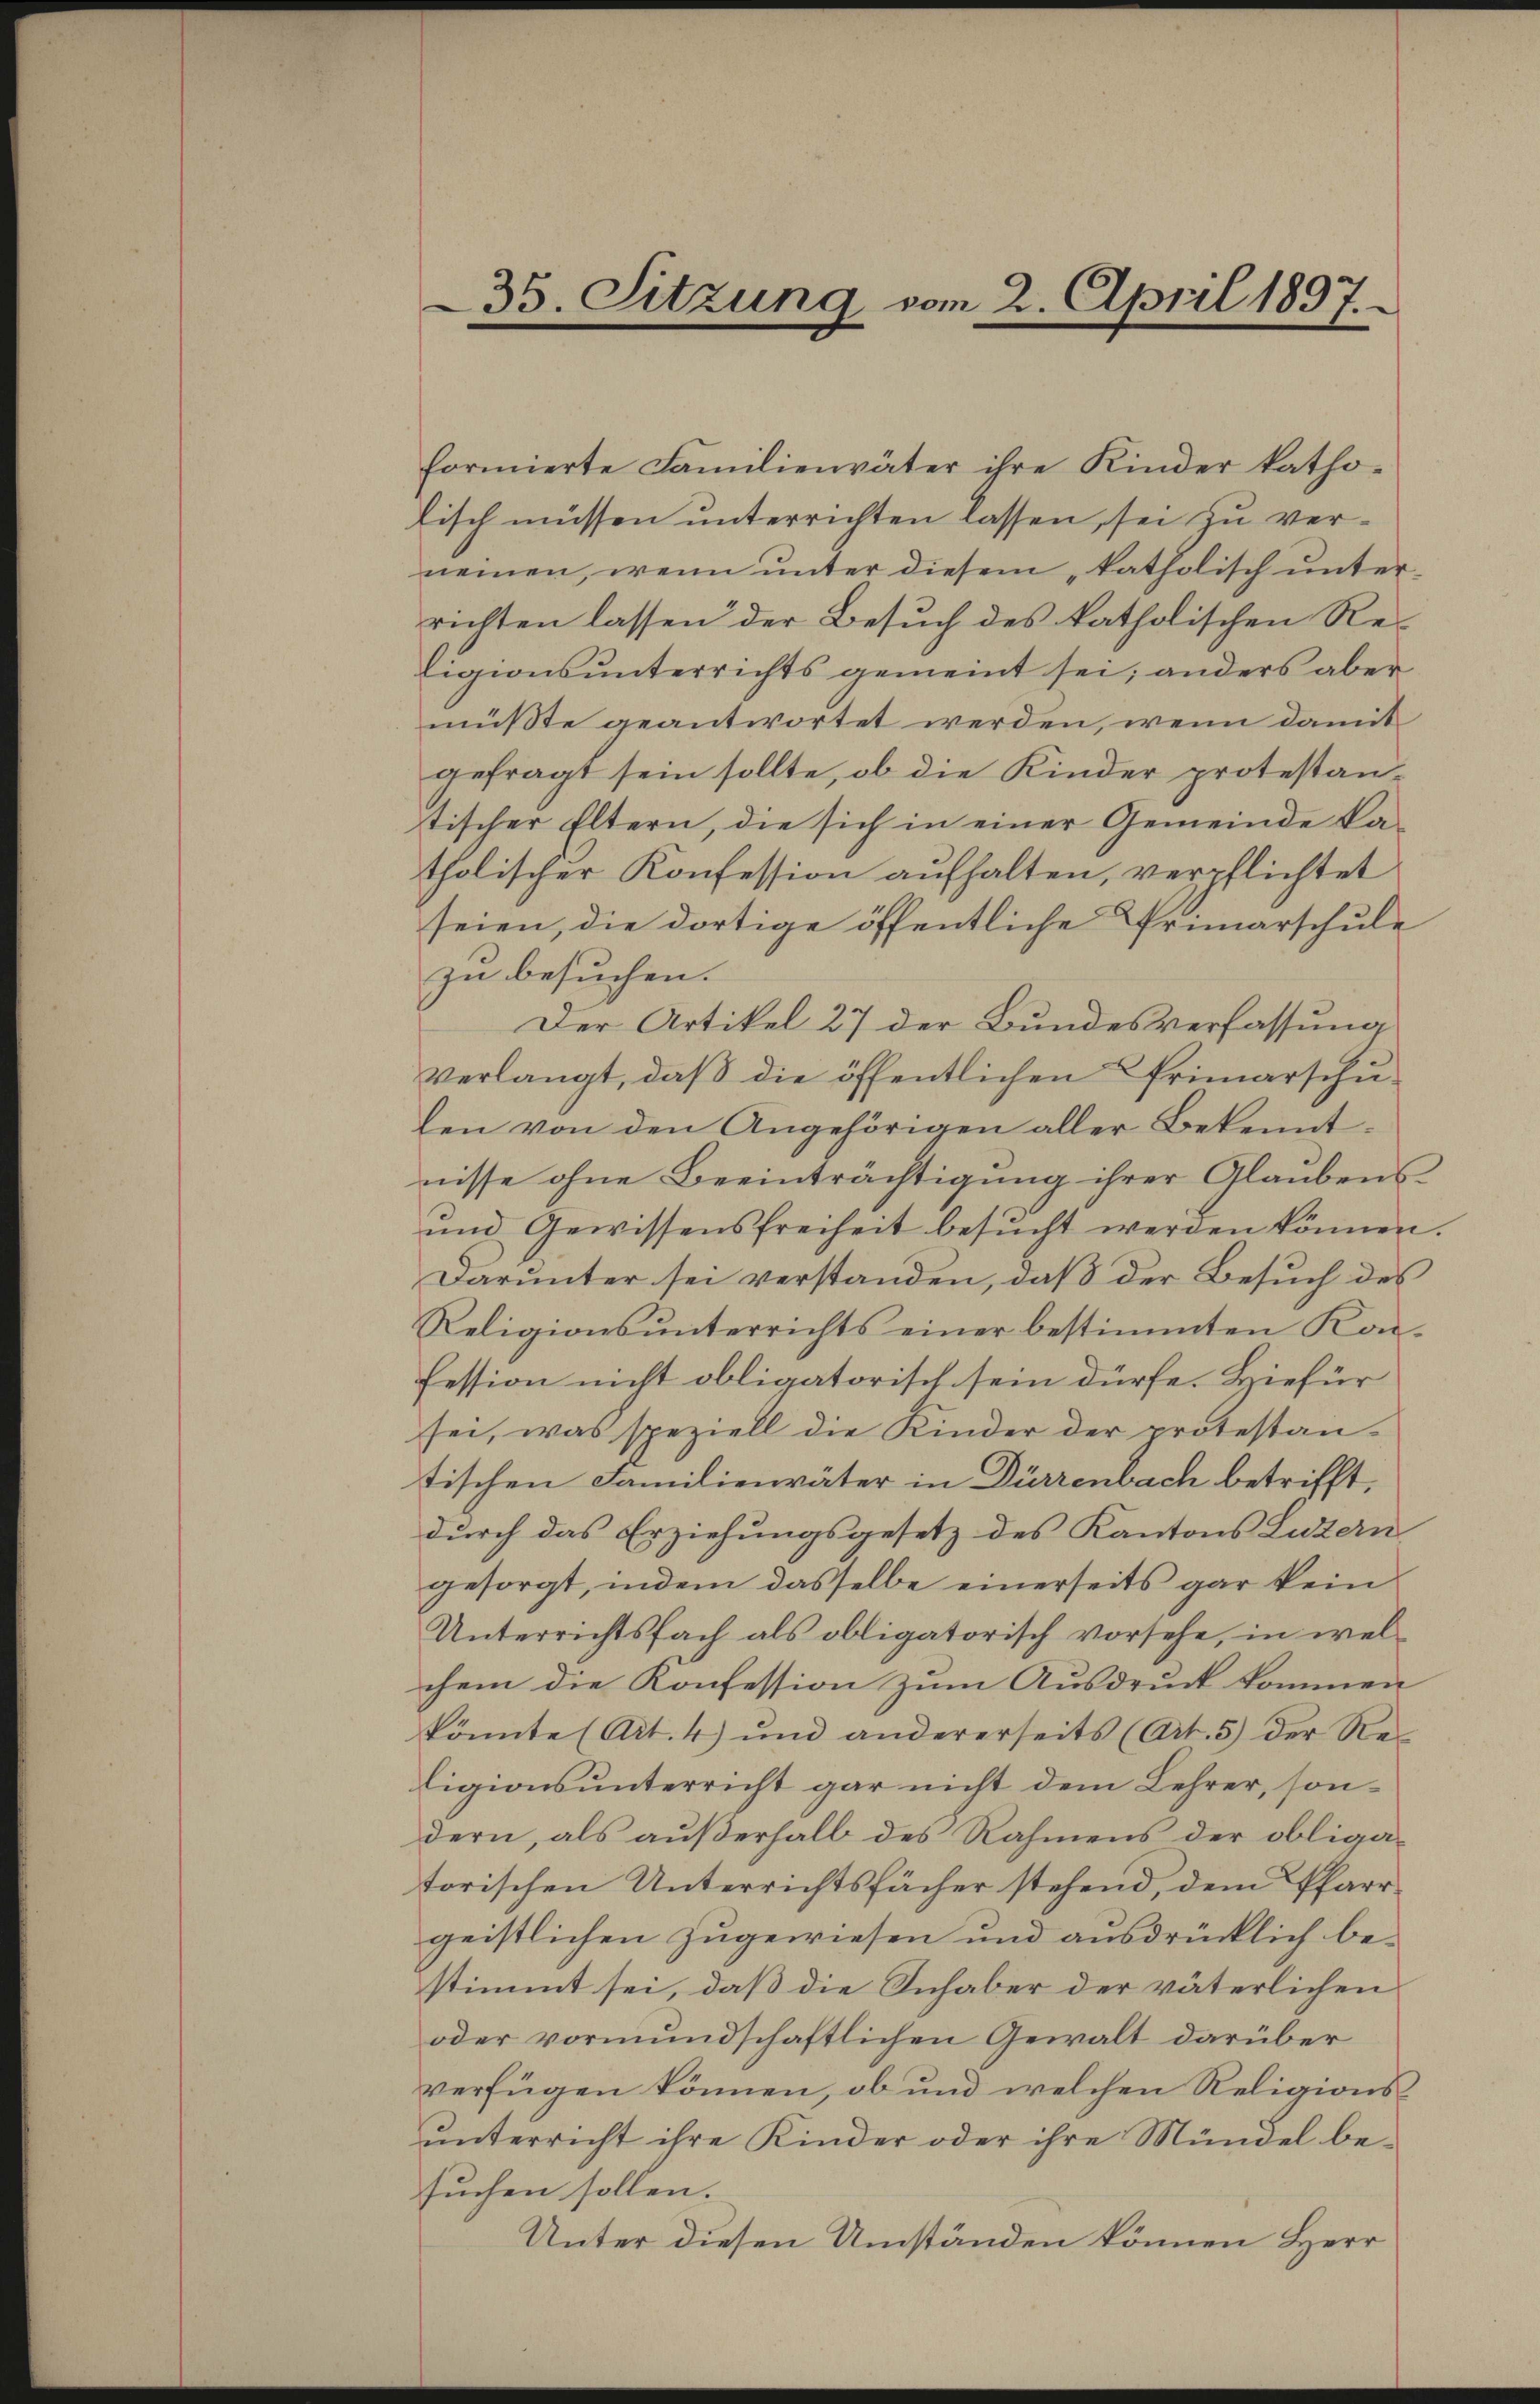
35. Sitzung vom 2. April 1897.

formierte Familienväter ihre Kinder katho-
fisch müssen unterrichten lassen, sei zu verneinen, wenn unter diesem „katholisch unterrichten lassen der Besŭch des katholischen Religionsunterrichts gemeint sei; anders aber
mußte geantwortet werden, wenn damit
gefragt sein sollte, ob die Kinder protestantischer Eltern, die sich in einer Gemeinde ka-
tholischer Konfession aufhalten, verpflichtet
seien, die dortige öffentliche Primarschule
zu besuchen.
Der Artikel 27 der Bundesverfassung
verlangt, daß die öffentlichen Primarschulen von den Angehörigen aller Bekenntnisse ohne Beeinträchtigung ihrer Glaubens
ŭm Gewissensfreiheit besŭcht werden können.
Darunter sei verstanden, daß der Besuch des
Religions ŭnterrichts einer bestimmten Kon-
Fession nicht obligatorisch sein dürfe. Hiefür
sei, was speziell die Kinder der protestan-
tischen Familienväter in Dürrenbach betrifft,
durch das Erziehungsgesetz des Kantons Luzern
gesorgt, indem dasselbe einerseits gar kein
Unterrichtsfach als obligatorisch vorsehe, in welchem die Konfession zum Ausdruck kommen
könnte (Art. 4) und andererseits (Art. 5) der Re
ligionsunterricht gar nicht dem Lehrer, sondern, als außerhalb des Rahmens der obligatorischen Unterrichtsfächer stehend, dem Pfarrgeistlichen zugewiesen und ausdrücklich bestimmt sei, daß die Inhaber der väterlichen
oder vormundschaftlichen Gewalt darüber
verfügen können, ob und welchen Religionsunterricht ihre Kinder oder ihre Mündel besuchen sollen.
Unter diesen Umständen können Herr